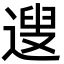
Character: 遚